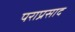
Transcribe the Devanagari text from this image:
पराप्रसाद